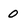
Character: 0